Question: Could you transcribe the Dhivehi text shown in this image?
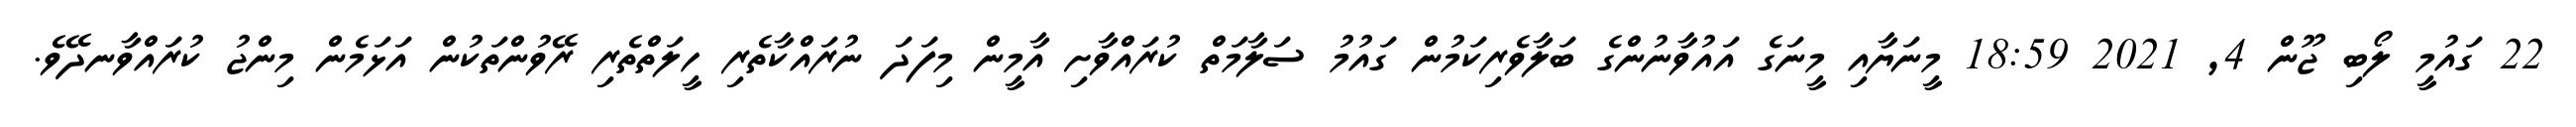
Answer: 22 ގައުމީ ލޯބި ޖޫން 4, 2021 18:59 މީނަޔާއި މީނަގެ އައުވާނުންގެ ބަލާވެރިކަމުން ގައުމު ސަލާމަތް ކުރައްވާށި އާމީން މިފަދަ ނުރައްކާތެރި ހީލަތްތެރި ރޭވުންތަކުން އަޅަމެން މިންޖު ކުރައްވާނދޭވެ.